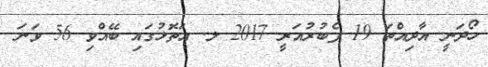
ހޯދަނީ އާދިއްތަ 19 ފެބުރުއަރީ 2017 ލ. އަތޮޅުގައި ބޭއްވި 56 ވަނަ